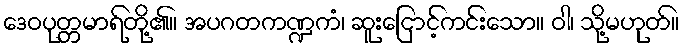
ဒေဝပုတ္တမာရ်တို့၏။ အပဂတကဏ္ဍကံ၊ ဆူးငြောင့်ကင်းသော။ ဝါ၊ သို့မဟုတ်။